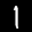
Label: 1